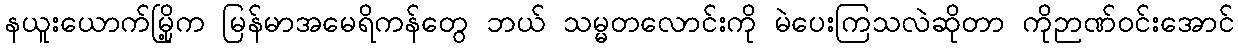
နယူးယောက်မြို့က မြန်မာအမေရိကန်တွေ ဘယ် သမ္မတလောင်းကို မဲပေးကြသလဲဆိုတာ ကိုဉာဏ်ဝင်းအောင်